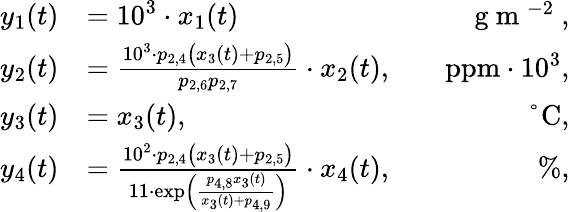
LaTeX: \begin{array}{rlr}{y_{1}(t)}&{=10^{3}\cdot x_{1}(t)}&{\quad\mathrm{g~m~^{-2}~},}\\ {y_{2}(t)}&{=\frac{10^{3}\cdot p_{2,4}\big(x_{3}(t)+p_{2,5}\big)}{p_{2,6}p_{2,7}}\cdot x_{2}(t),}&{\quad\mathrm{ppm}\cdot 10^{3},}\\ {y_{3}(t)}&{=x_{3}(t),}&{\quad\mathrm{°C},}\\ {y_{4}(t)}&{=\frac{10^{2}\cdot p_{2,4}\big(x_{3}(t)+p_{2,5}\big)}{11\cdot\mathrm{exp}\Big(\frac{p_{4,8}x_{3}(t)}{x_{3}(t)+p_{4,9}}\Big)}\cdot x_{4}(t),}&{\quad\mathrm{\% },}\end{array}